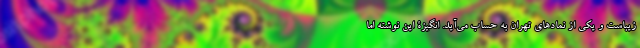
زیباست و یکی از نمادهای تهران به حساب می‌آید. انگیزۀ این نوشته اما